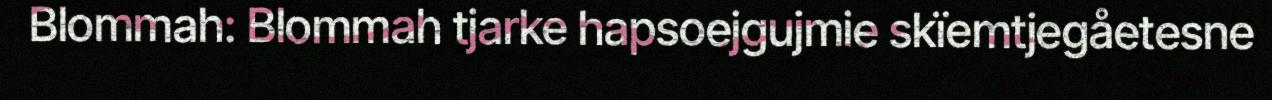
Blommah: Blommah tjarke hapsoejgujmie skïemtjegåetesne